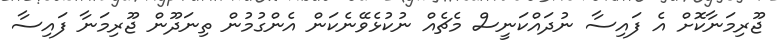
ޖޫރިމަނާކޮށް އެ ފައިސާ ނުދައްކަނީސް މެޗެއް ނުކުޅެވޭނެކަން އެންގުމުން ތިނަދޫން ޖޫރިމަނާ ފައިސާ